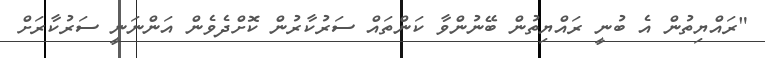
"ރައްޔިތުން އެ ބުނީ ރައްޔިތުން ބޭނުންވާ ކަންތައް ސަރުކާރުން ކޮށްދެވެން އަންނަނީ ސަރުކާރަށް